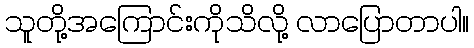
သူတို့အကြောင်းကိုသိလို့ လာပြောတာပါ။